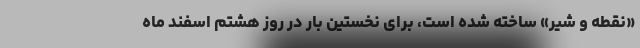
«نقطه و شیر» ساخته شده است، برای نخستین بار در روز هشتم اسفند ماه